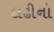
દાઢીનો